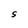
Character: S